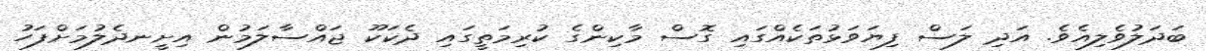
ބަދަލުވެލިއެވެ. އަދި ލަސް ފިޔަވަޅުތަކެއްގައި ގޮސް މާކިންގެ ކުރިމަތީގައި ދެކަކޫ ޖައްސާލަމުން އިށީނދެލުމަށްފަހު